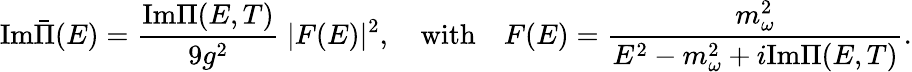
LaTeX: \mathrm{Im}\bar{\Pi}(E)=\frac{\mathrm{Im}\Pi(E,T)}{9g^{2}}\ |F(E)|^{2},\quad\mathrm{with}\quad F(E)=\frac{m_{\omega}^{2}}{E^{2}-m_{\omega}^{2}+i\mathrm{Im}\Pi(E,T)}.